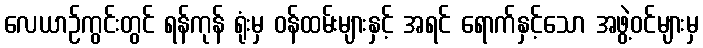
လေယာဉ်ကွင်းတွင် ရန်ကုန် ရုံးမှ ဝန်ထမ်းများနှင့် အရင် ရောက်နှင့်သော အဖွဲ့ဝင်များမှ